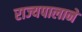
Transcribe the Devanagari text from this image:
राज्यपालाने